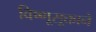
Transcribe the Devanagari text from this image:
विष्णूसूक्ताने